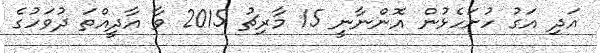
އަދި އަގު ހުށަހެޅުން އޮންނާނީ 15 މާރިޗު 2015 ވާ އާދީއްތަ ދުވަހުގެ